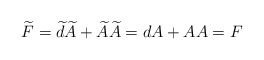
\begin{align*}\widetilde{F}=\widetilde{d} \widetilde{A} + \widetilde{A}\widetilde{A} = dA + A A = F\end{align*}